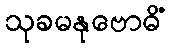
သုခမနုဗောဓိံ